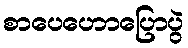
စာပေဟောပြောပွဲ